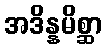
အဒိန္နမိစ္ဆာ